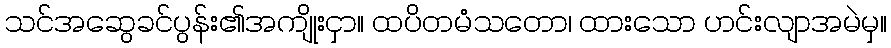
သင်အဆွေခင်ပွန်း၏အကျိုးငှာ။ ထပိတမံသတော၊ ထားသော ဟင်းလျာအမဲမှ။